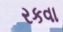
રકવા